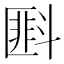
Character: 𪯭